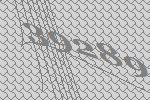
39289